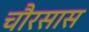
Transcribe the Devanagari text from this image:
चौरसास